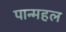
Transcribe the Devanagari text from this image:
पान्महल